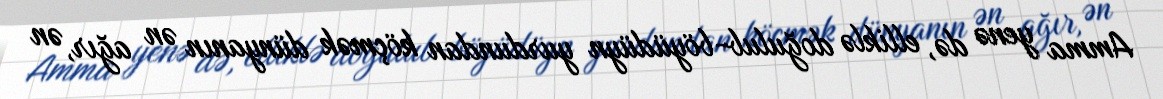
Amma yenə də, elliklə doğulub-böyüdüyn yurdundan köçmək dünyanın ən ağır, ən